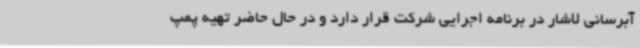
آبرسانی لاشار در برنامه اجرایی شرکت قرار دارد و در حال حاضر تهیه پمپ